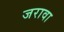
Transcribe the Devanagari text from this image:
जरावा